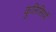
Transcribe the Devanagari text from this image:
कुलिसियों